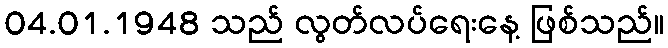
04.01.1948 သည် လွတ်လပ်ရေးနေ့ ဖြစ်သည်။